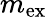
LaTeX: m_{\mathrm{ex}}